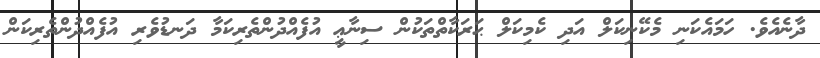
ދާނެއެވެ. ހަމައެކަނި މެކޭނިކަލް އަދި ކެމިކަލް ޙަރަކާތްތަކުން ސިނާޢީ އުފެއްދުންތެރިކަމާ ދަނޑުވެރި އުފެއްދުންތެރިކަން